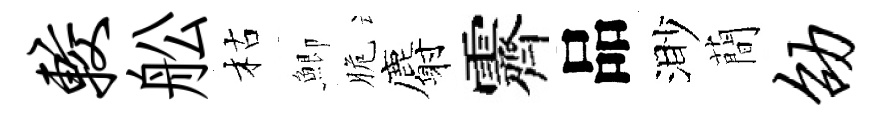
较舩枯鯽脆麝霽品渺蕳劭